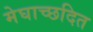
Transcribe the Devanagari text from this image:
मेघाच्छदित